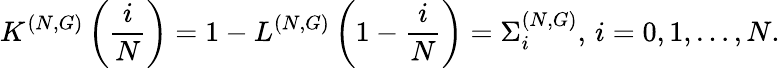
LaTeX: K^{(N,G)}\left(\frac{i}{N}\right)=1-L^{(N,G)}\left(1-\frac{i}{N}\right)=\Sigma_{i}^{(N,G)},\, i=0,1,\dots,N.